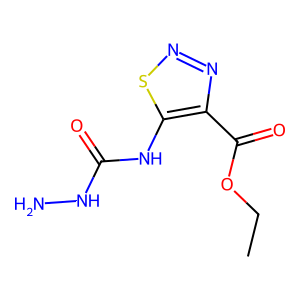
SMILES: CCOC(=O)c1nnsc1NC(=O)NN
Inhibits HIV replication: No